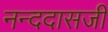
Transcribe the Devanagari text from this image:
नन्ददासजी